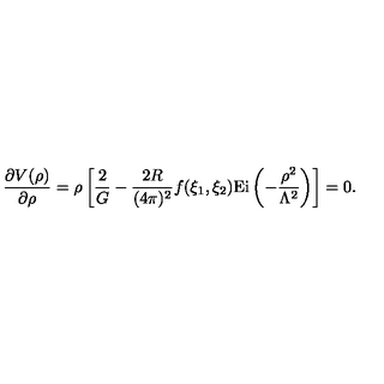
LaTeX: \frac { \partial V ( \rho ) } { \partial \rho } = \rho \left[ \frac { 2 } { G } - \frac { 2 R } { ( 4 \pi ) ^ { 2 } } f ( \xi _ { 1 } , \xi _ { 2 } ) \mathrm { E i } \left( - \frac { \rho ^ { 2 } } { \Lambda ^ { 2 } } \right) \right] = 0 .